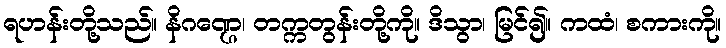
ရဟန်းတို့သည်။ နိဂဏ္ဌေ၊ တက္ကတွန်းတို့ကို။ ဒိသွာ၊ မြင်၍။ ကထံ၊ စကားကို။